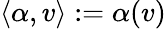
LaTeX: \langle\alpha,v\rangle:=\alpha(v)